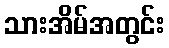
သားအိမ်အတွင်း